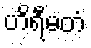
ဟိရီမတံ